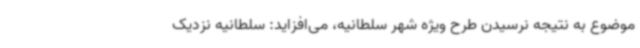
موضوع به نتیجه نرسیدن طرح ویژه شهر سلطانیه، می‌افزاید: سلطانیه نزدیک